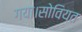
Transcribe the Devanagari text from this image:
गया।सोवियत